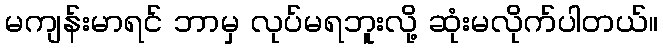
မကျန်းမာရင် ဘာမှ လုပ်မရဘူးလို့ ဆုံးမလိုက်ပါတယ်။